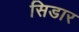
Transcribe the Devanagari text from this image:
सिडार